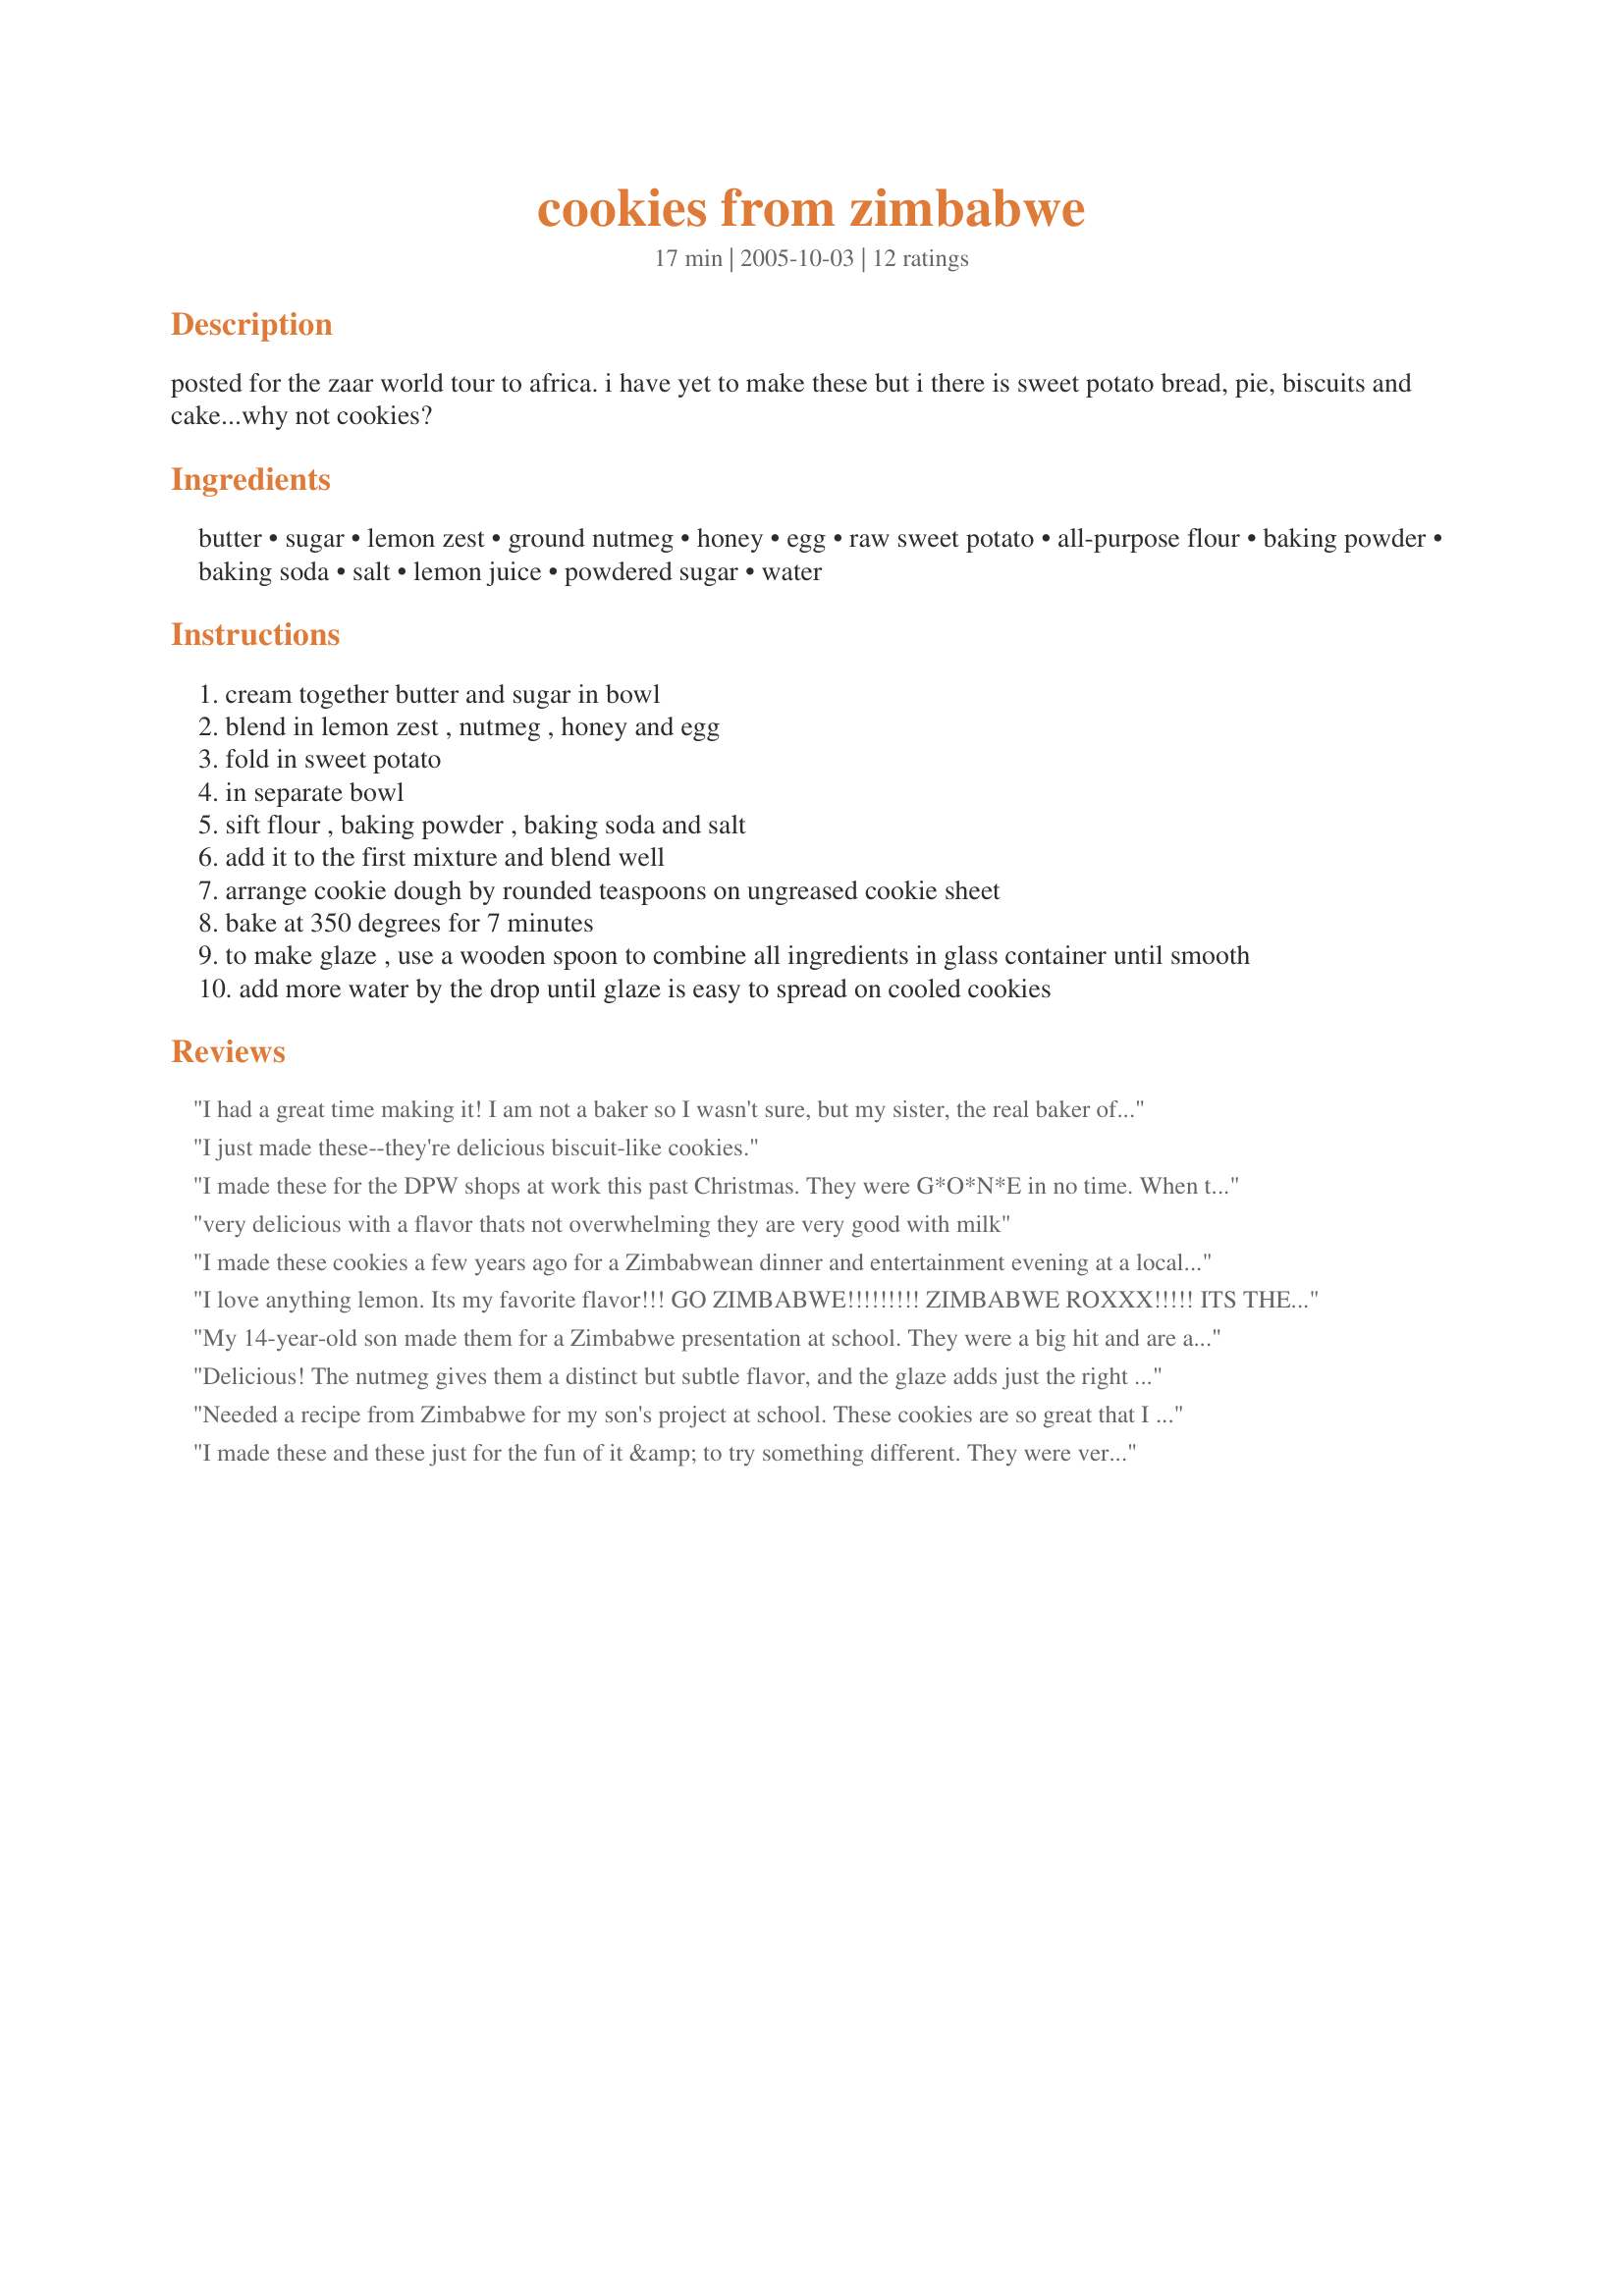
cookies from zimbabwe
Preparation time: 17 minutes

posted for the zaar world tour to africa. i have yet to make these but i there is sweet potato bread, pie, biscuits and cake...why not cookies?

Ingredients:
butter, sugar, lemon zest, ground nutmeg, honey, egg, raw sweet potato, all-purpose flour, baking powder, baking soda, salt, lemon juice, powdered sugar, water

Steps:
cream together butter and sugar in bowl
blend in lemon zest , nutmeg , honey and egg
fold in sweet potato
in separate bowl
sift flour , baking powder , baking soda and salt
add it to the first mixture and blend well
arrange cookie dough by rounded teaspoons on ungreased cookie sheet
bake at 350 degrees for 7 minutes
to make glaze , use a wooden spoon to combine all ingredients in glass container until smooth
add more water by the drop until glaze is easy to spread on cooled cookies

Reviews:
I had a great time making it! I am not a baker so I wasn't sure, but my sister, the real baker of the family, gave her approval! I'm going to do it again with my kids!
I just made these--they're delicious biscuit-like cookies.
I made these for the DPW shops at work this past Christmas. They were G*O*N*E in no time. When they asked me what was in them and I said, "Oh, sweet potato..." they thought I was kidding. I did use just a bit more lemon in the glaze, and you just need a bit of the glazing on the cookie. Don't over-bake them...8 to 10 minutes is sufficient, or they will burn. These cookies are a definite addition to the recipe folder.
very delicious with a flavor thats not overwhelming they are very good with milk
I made these cookies a few years ago for a Zimbabwean dinner and entertainment evening at a local church. As soon as desserts came out, the sweet potato cookies were GONE! They were quite popular and well received. They aren't as sweet as most other cookies but, rather, just sweet enough. Nice texture and the lemon zest gives it that great perky flavor. I used the zest and juice of a fresh lemon. I hope, by now, Laurie has tried them! They are not difficult to make.
I love anything lemon. Its my favorite flavor!!! GO ZIMBABWE!!!!!!!!! ZIMBABWE ROXXX!!!!! ITS THE BEST COUNTRY EVER!!!!! YAY ZIMBABWIANS!!!!!!!!!!
My 14-year-old son made them for a Zimbabwe presentation at school. They were a big hit and are a new family favorite! Delicious.
Delicious! The nutmeg gives them a distinct but subtle flavor, and the glaze adds just the right amount of extra sweetness. I made them slightly bigger than a teaspoon, & baked them 10 minutes instead of 7. Don't wait for them to brown on top or they will burn! Also, I was too generous w/glaze on first tray & ran out for the last tray. Just a dab of glaze is plenty! I think they might be good with just a bit of finely chopped pecans. Definitely in the "I-would-make-these-again" category!
Needed a recipe from Zimbabwe for my son's project at school. These cookies are so great that I plan on cooking them more often. Definitely add to the cookbook!
I made these and these just for the fun of it &amp; to try something different. They were very good. I made them rounded Tbl size not rounded Tsp as recipe suggests, cooked them for 10 min &amp; they turned out fine! My second batch I made, I shredded the sweet potato with electric shredder because I just didn&#039;t feel like using the hand held one to make sweet potato fine. I added 1 cap full of Pure Vanilla Extract, 2-1/4 Tsp Nutmeg &amp; a little over 1/4 Cup honey &amp; Walnuts. They turned out GREAT Family Loved them! Extra ingredients added just a little bit more to the cookie. Very flavorful &amp; didn&#039;t take away from lemon zesty flavor at all! Also, both batches I doubled the glaze &amp; put it all over my cookies, I wasn&#039;t stingy, excellent!
I made these to serve for communion at church on World Communion Sunday along with bread from other countries and they were a hit. The teens in the Confirmation class badgered me to make them that night at their class and they gulped them down with gallons of milk. Now I'm sharing the recipe with most of the church. As others have noted, be careful not to overbake.
I made these cookies for a reunion of people from Zimbabwe - Umtali H.S. recently - and every last cookie was eaten! Very easy recipe- loved the hint of nutmeg and fresh lemon in the cookie and glaze. Will experiment next time with some nuts.
